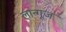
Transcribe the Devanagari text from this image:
लान्गूज